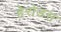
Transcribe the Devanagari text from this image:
हेरोडस